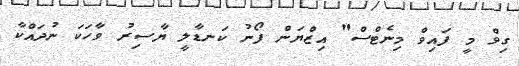
ގިވް މީ ފައިވް މިނެޓްސް" އިޒްޔަން ފޯނު ކަނޑާލީ ޔާސިރު ވާހަކަ ނުދައްކާ